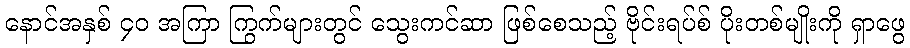
နောင်အနှစ် ၄၀ အကြာ ကြွက်များတွင် သွေးကင်ဆာ ဖြစ်စေသည့် ဗိုင်းရပ်စ် ပိုးတစ်မျိုးကို ရှာဖွေ